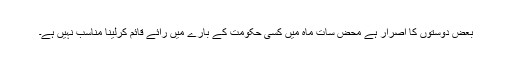
بعض دوستوں کا اصرار ہے محض سات ماہ میں کسی حکومت کے بارے میں رائے قائم کرلینا مناسب نہیں ہے۔